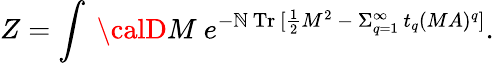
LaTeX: Z=\int~{\calD}M~e^{-\mathbb{N}\ \mathrm{{Tr}}~[{\frac{{1}}{{2}}}M^{2}~-{}~\Sigma_{q=1}^{\infty}~t_{q}(MA)^{q}]}.